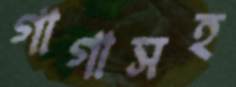
গাগাসহ